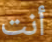
أنت